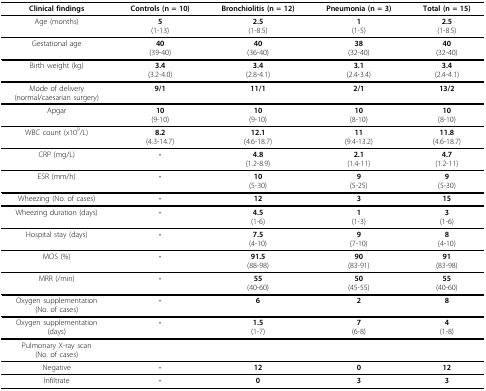
| Clinical findings | Controls (n = 10) | Bronchiolitis (n = 12) | Pneumonia (n = 3) | Total (n = 15) |
 | --- | --- | --- | --- | --- |
 | Age (months) | 5(1-13) | 2.5(1-8.5) | 1(1-5) | 2.5(1-8.5) |
 | Gestational age | 40(39-40) | 40(36-40) | 38(32-40) | 40(32-40) |
 | Birth weight (kg) | 3.4(3.2-4.0) | 3.4(2.8-4.1) | 3.1(2.4-3.4) | 3.4(2.4-4.1) |
 | Mode of delivery(normal/caesarian surgery) | 9/1 | 11/1 | 2/1 | 13/2 |
 | Apgar | 10(9-10) | 10(9-10) | 10(8-10) | 10(8-10) |
 | WBC count (x109/L) | 8.2(4.3-14.7) | 12.1(4.6-18.7) | 11(9.4-13.2) | 11.8(4.6-18.7) |
 | CRP (mg/L) | - | 4.8(1.2-8.9) | 2.1(1.4-11) | 4.7(1.2-11) |
 | ESR (mm/h) | - | 10(5-30) | 9(5-25) | 9(5-30) |
 | Wheezing (No. of cases) | - | 12 | 3 | 15 |
 | Wheezing duration (days) | - | 4.5(1-6) | 1(1-3) | 3(1-6) |
 | Hospital stay (days) | - | 7.5(4-10) | 9(7-10) | 8(4-10) |
 | MOS (%) | - | 91.5(88-98) | 90(83-91) | 91(83-98) |
 | MRR (/min) | - | 55(40-60) | 50(45-55) | 55(40-60) |
 | Oxygen supplementation(No. of cases) | - | 6 | 2 | 8 |
 | Oxygen supplementation(days) | - | 1.5(1-7) | 7(6-8) | 4(1-8) |
 | Pulmonary X-ray scan(No. of cases) |  |  |  |  |
 | Negative | - | 12 | 0 | 12 |
 | Infiltrate | - | 0 | 3 | 3 |